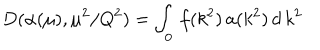
LaTeX: D ( \alpha ( \mu ) , \mu ^ { 2 } / Q ^ { 2 } ) = \int _ { 0 } \, f ( k ^ { 2 } ) \, \mathbf { a } ( k ^ { 2 } ) \, d \, k ^ { 2 }